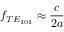
f _ { T E _ { 1 0 1 } } \approx \frac { c } { 2 a }